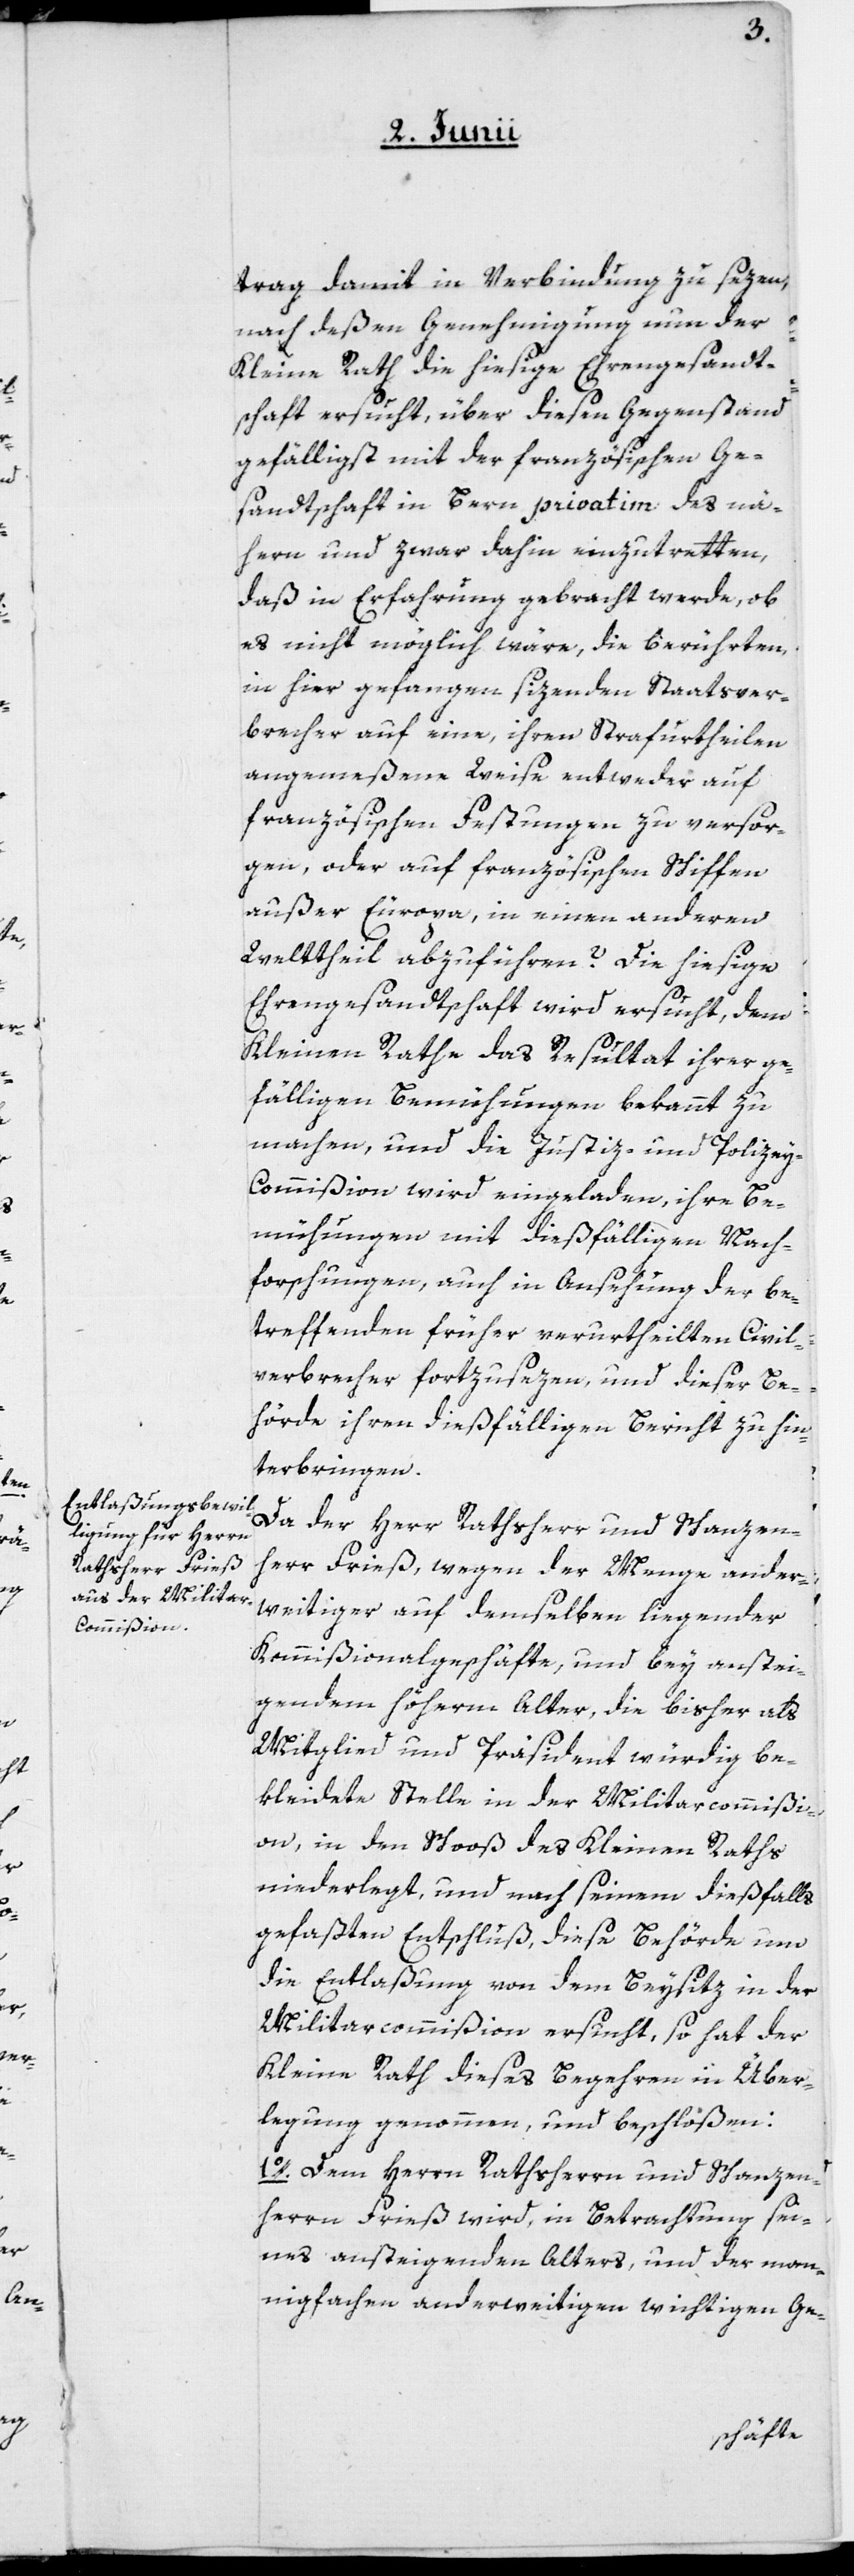
trag damit in Verbindung zu sezen,
nach deßen Genehmigung nun der
Kleine Rath die hiesige Ehrengesandt¬
schaft ersucht, über diesen Gegenstand
gefälligst mit der französischen Ge¬
sandtschaft in Bern privatim des nä¬
hern und zwar dahin einzutretten,
daß in Erfahrung gebracht werde, ob
es nicht möglich wäre, die berührten,
in hier gefangen sizenden Staatsver¬
brecher auf eine, ihren Strafurtheilen
angemeßene Weise entweder auf
französischen Festungen zu versor¬
gen, oder auf französischen Schiffen
außer Europa, in einen anderen
Welttheil abzuführen? Die hiesige
Ehrengesandtschaft wird ersucht, dem
Kleinen Rathe das Resultat ihrer ge¬
fälligen Bemühungen bekannt zu
machen, und die Justiz- und Polizey-C¬
ommißion wird eingeladen, ihre Be¬
mühungen mit dießfälligen Nach¬
forschungen, auch in Ansehung der be¬
treffenden früher verurtheilten Civil¬
verbrecher fortzusezen, und dieser Be¬
hörde ihren dießfälligen Bericht zu hin¬
terbringen.
Da der Herr Rathsherr und Schanzen¬
herr Frieß, wegen der Menge ander¬
weitiger auf demselben liegender
Kommißionalgeschäfte, und bey anstei¬
gendem höherm Alter, die bisher als
Mitglied und Präsident würdig be¬
kleidete Stelle in der Militarcommißi¬
on, in den Schoos des Kleinen Rats
niederlegt, und nach seinem dießfalls
gefaßten Entschluß, diese Behörde um
die Entlaßung von dem Beysitz in der
Militarcommißion ersucht, so hat der
Kleine Rath dieses Begehren in Über¬
legung genommen und beschloßen:
1o. Dem Herrn Rathsherrn und Schanzen¬
herrn Frieß wird, in Betrachtung sei¬
nes ansteigenden Alters, und der man¬
nigfachen anderweitigen wichtigen Ge-